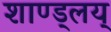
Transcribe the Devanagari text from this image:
शाण्ड्लय्